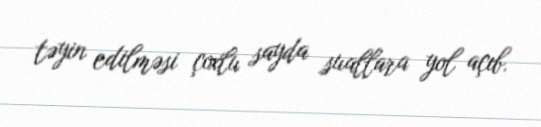
təyin edilməsi çoxlu sayda suallara yol açıb.